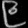
Digit: ၉